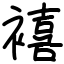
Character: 鿋